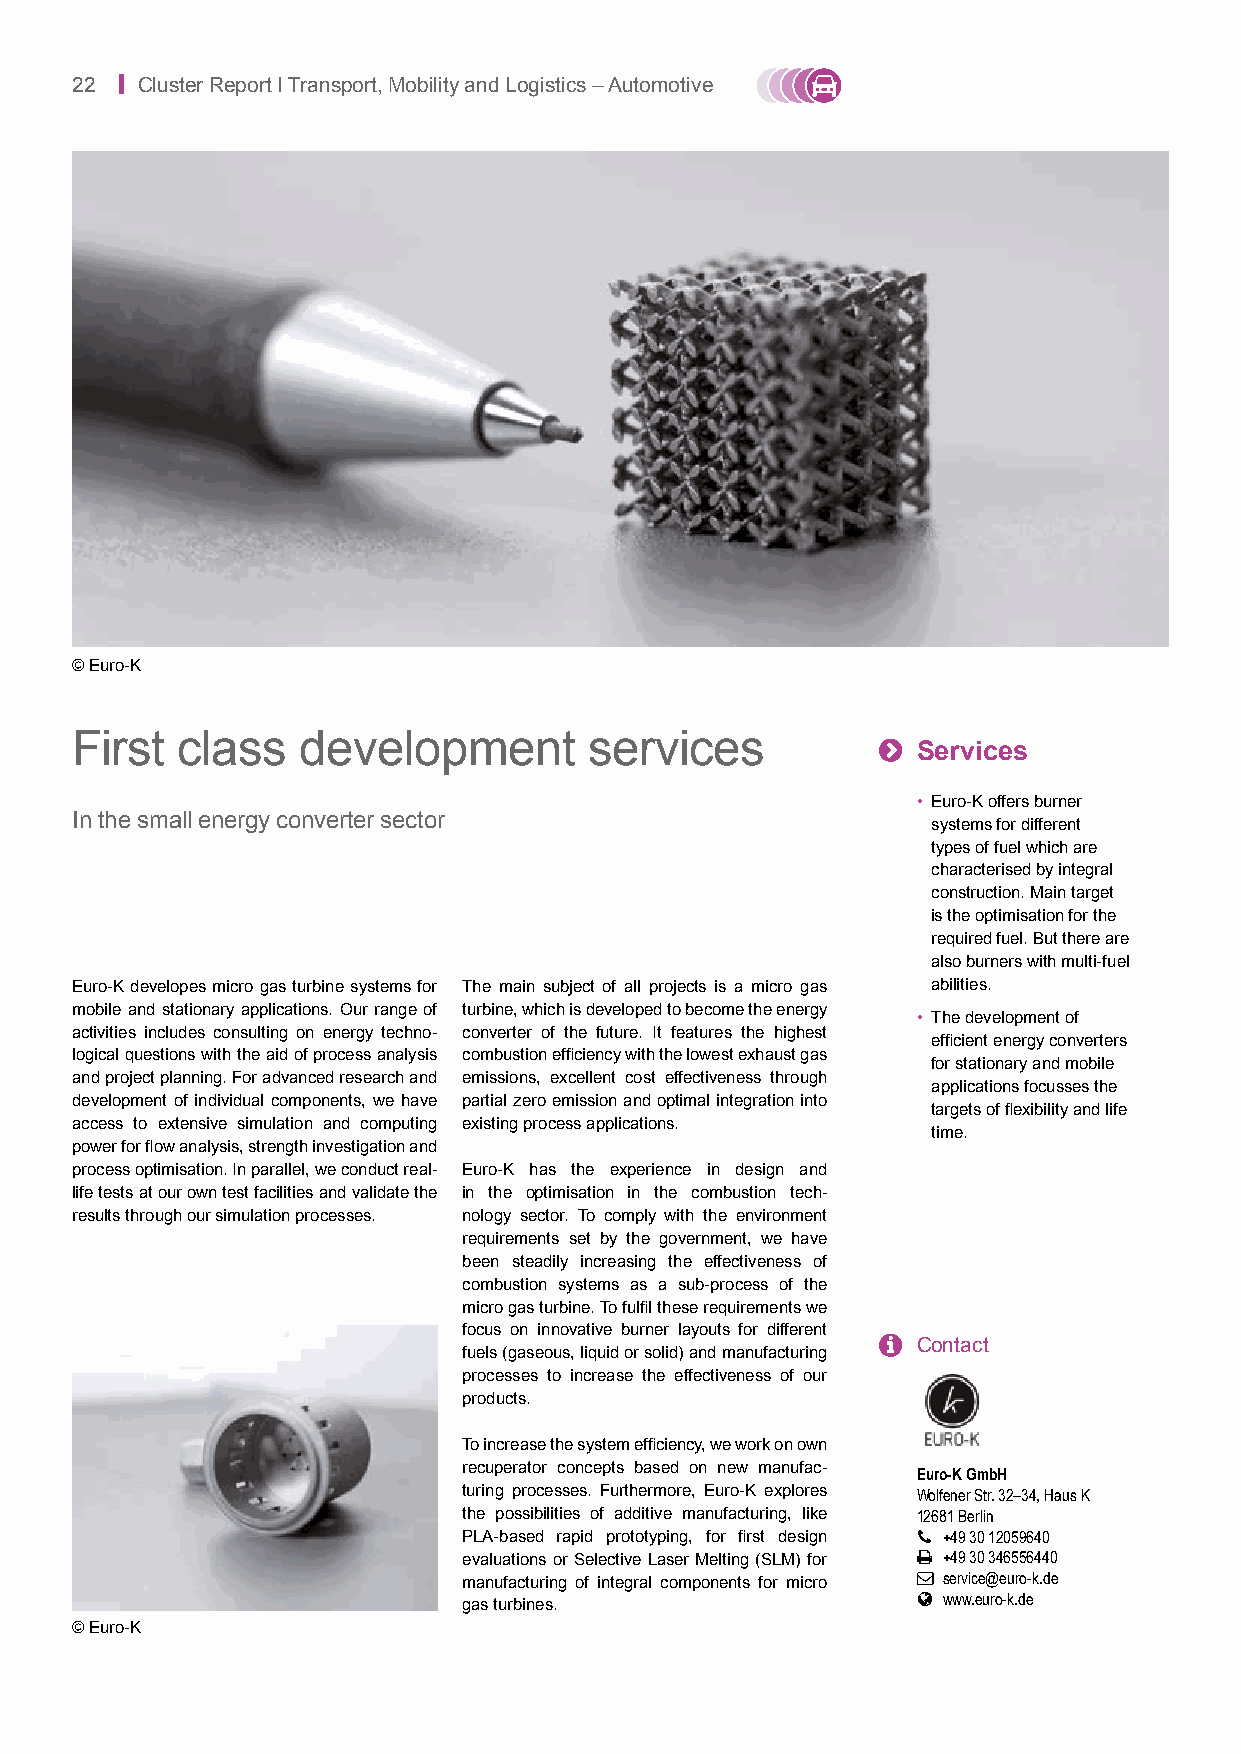
22 | Cluster Report I Transport, Mobility and Logistics – Automotive
 © Euro-K
 First  class   development        services           
 Services
 • Euro-K offers burner
 In the small energy converter sector
 systems for different
 types of fuel which are
 characterised by integral
 construction. Main target
 is the optimisation for the
 required fuel. But there are
 also burners with multi-fuel
 Euro-K developes micro gas turbine systems for The main subject of all projects is a micro gas abilities.
 mobile and stationary applications. Our range of turbine, which is developed to become the energy
 • The development of
 activities includes consulting on energy techno- converter of the future. It features the highest
 efficient energy converters
 logical questions with the aid of process analysis combustion efficiency with the lowest exhaust gas
 for stationary and mobile
 and project planning. For advanced research and emissions, excellent cost effectiveness through
 applications focusses the
 development of individual components, we have partial zero emission and optimal integration into
 targets of flexibility and life
 access to extensive simulation and computing existing process applications.
 time.
 power for flow analysis, strength investigation and
 process optimisation. In parallel, we conduct real- Euro-K has the experience in design and
 life tests at our own test facilities and validate the in the optimisation in the combustion tech-
 results through our simulation processes. nology sector. To comply with the environment
 requirements set by the government, we have
 been steadily increasing the effectiveness of
 combustion systems as a sub-process of the
 micro gas turbine. To fulfil these requirements we
 focus on innovative burner layouts for different
   Contact
 fuels (gaseous, liquid or solid) and manufacturing
 processes to increase the effectiveness of our
 products.
 To increase the system efficiency, we work on own
 recuperator concepts based on new manufac- Euro-K GmbH
 turing processes. Furthermore, Euro-K explores Wolfener Str. 32–34, Haus K
 the possibilities of additive manufacturing, like 12681 Berlin
 PLA-based rapid prototyping, for first design  +49 30 12059640
 evaluations or Selective Laser Melting (SLM) for  +49 30 346556440
 manufacturing of integral components for micro  service@euro-k.de
  www.euro-k.de
 gas turbines.
 © Euro-K